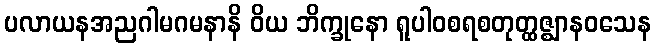
ပလာယနအညဂါမဂမနာနိ ဝိယ ဘိက္ခုနော ရူပါဝစရစတုတ္ထဇ္ဈာနဝသေန